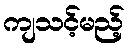
ကျသင့်မည့်